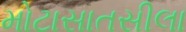
મોટાસાતસીલા